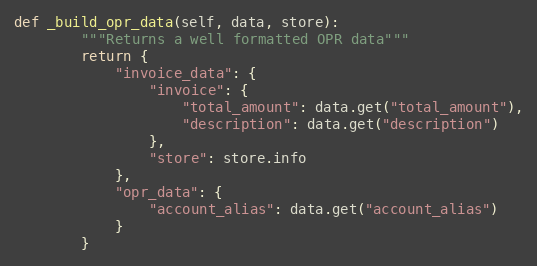
Language: Python
def _build_opr_data(self, data, store):
        """Returns a well formatted OPR data"""
        return {
            "invoice_data": {
                "invoice": {
                    "total_amount": data.get("total_amount"),
                    "description": data.get("description")
                },
                "store": store.info
            },
            "opr_data": {
                "account_alias": data.get("account_alias")
            }
        }